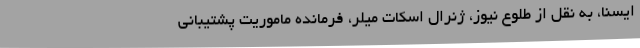
ایسنا، به نقل از طلوع نیوز، ژنرال اسکات میلر، فرمانده ماموریت پشتیبانی